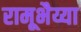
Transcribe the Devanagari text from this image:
रामूभैय्या